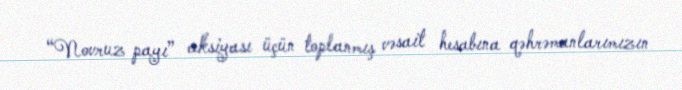
“Novruz payı” aksiyası üçün toplanmış vəsait hesabına qəhrəmanlarımızın